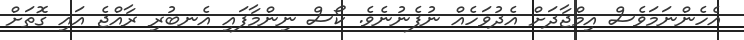
އެހެންނަމަވެސް އިމްޖާދަށް އެދުވަހެއް ނުފެނުނެވެ. ކޯސް ނިންމާފައި އެނބުރި ރާއްޖެ އައި ގޮތަށް